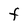
Character: F